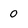
Character: 0